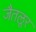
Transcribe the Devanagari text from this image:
जैतलूर